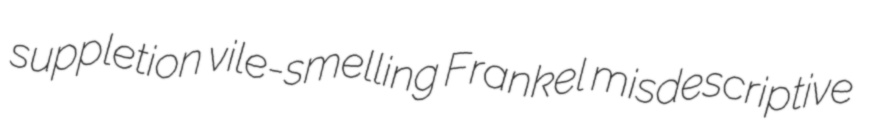
suppletion vile-smelling Frankel misdescriptive